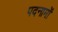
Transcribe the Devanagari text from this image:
पदनामों